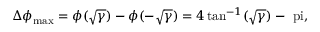
{ \Delta \phi } _ { \mathrm { m a x } } = \phi ( \sqrt { \gamma } ) - \phi ( - \sqrt { \gamma } ) = 4 \tan ^ { - 1 } ( \sqrt { \gamma } ) - \mathrm { \ p i } ,